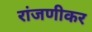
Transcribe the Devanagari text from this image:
रांजणीकर